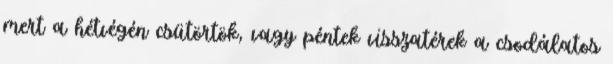
mert a hétvégén csütörtök, vagy péntek visszatérek a csodálatos